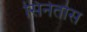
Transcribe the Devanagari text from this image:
सिनेतोस